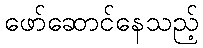
ဖော်ဆောင်နေသည့်